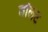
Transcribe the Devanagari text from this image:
वॉलट